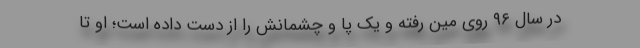
در سال ۹۶ روی مین رفته و یک پا و چشمانش را از دست داده است؛ او تا